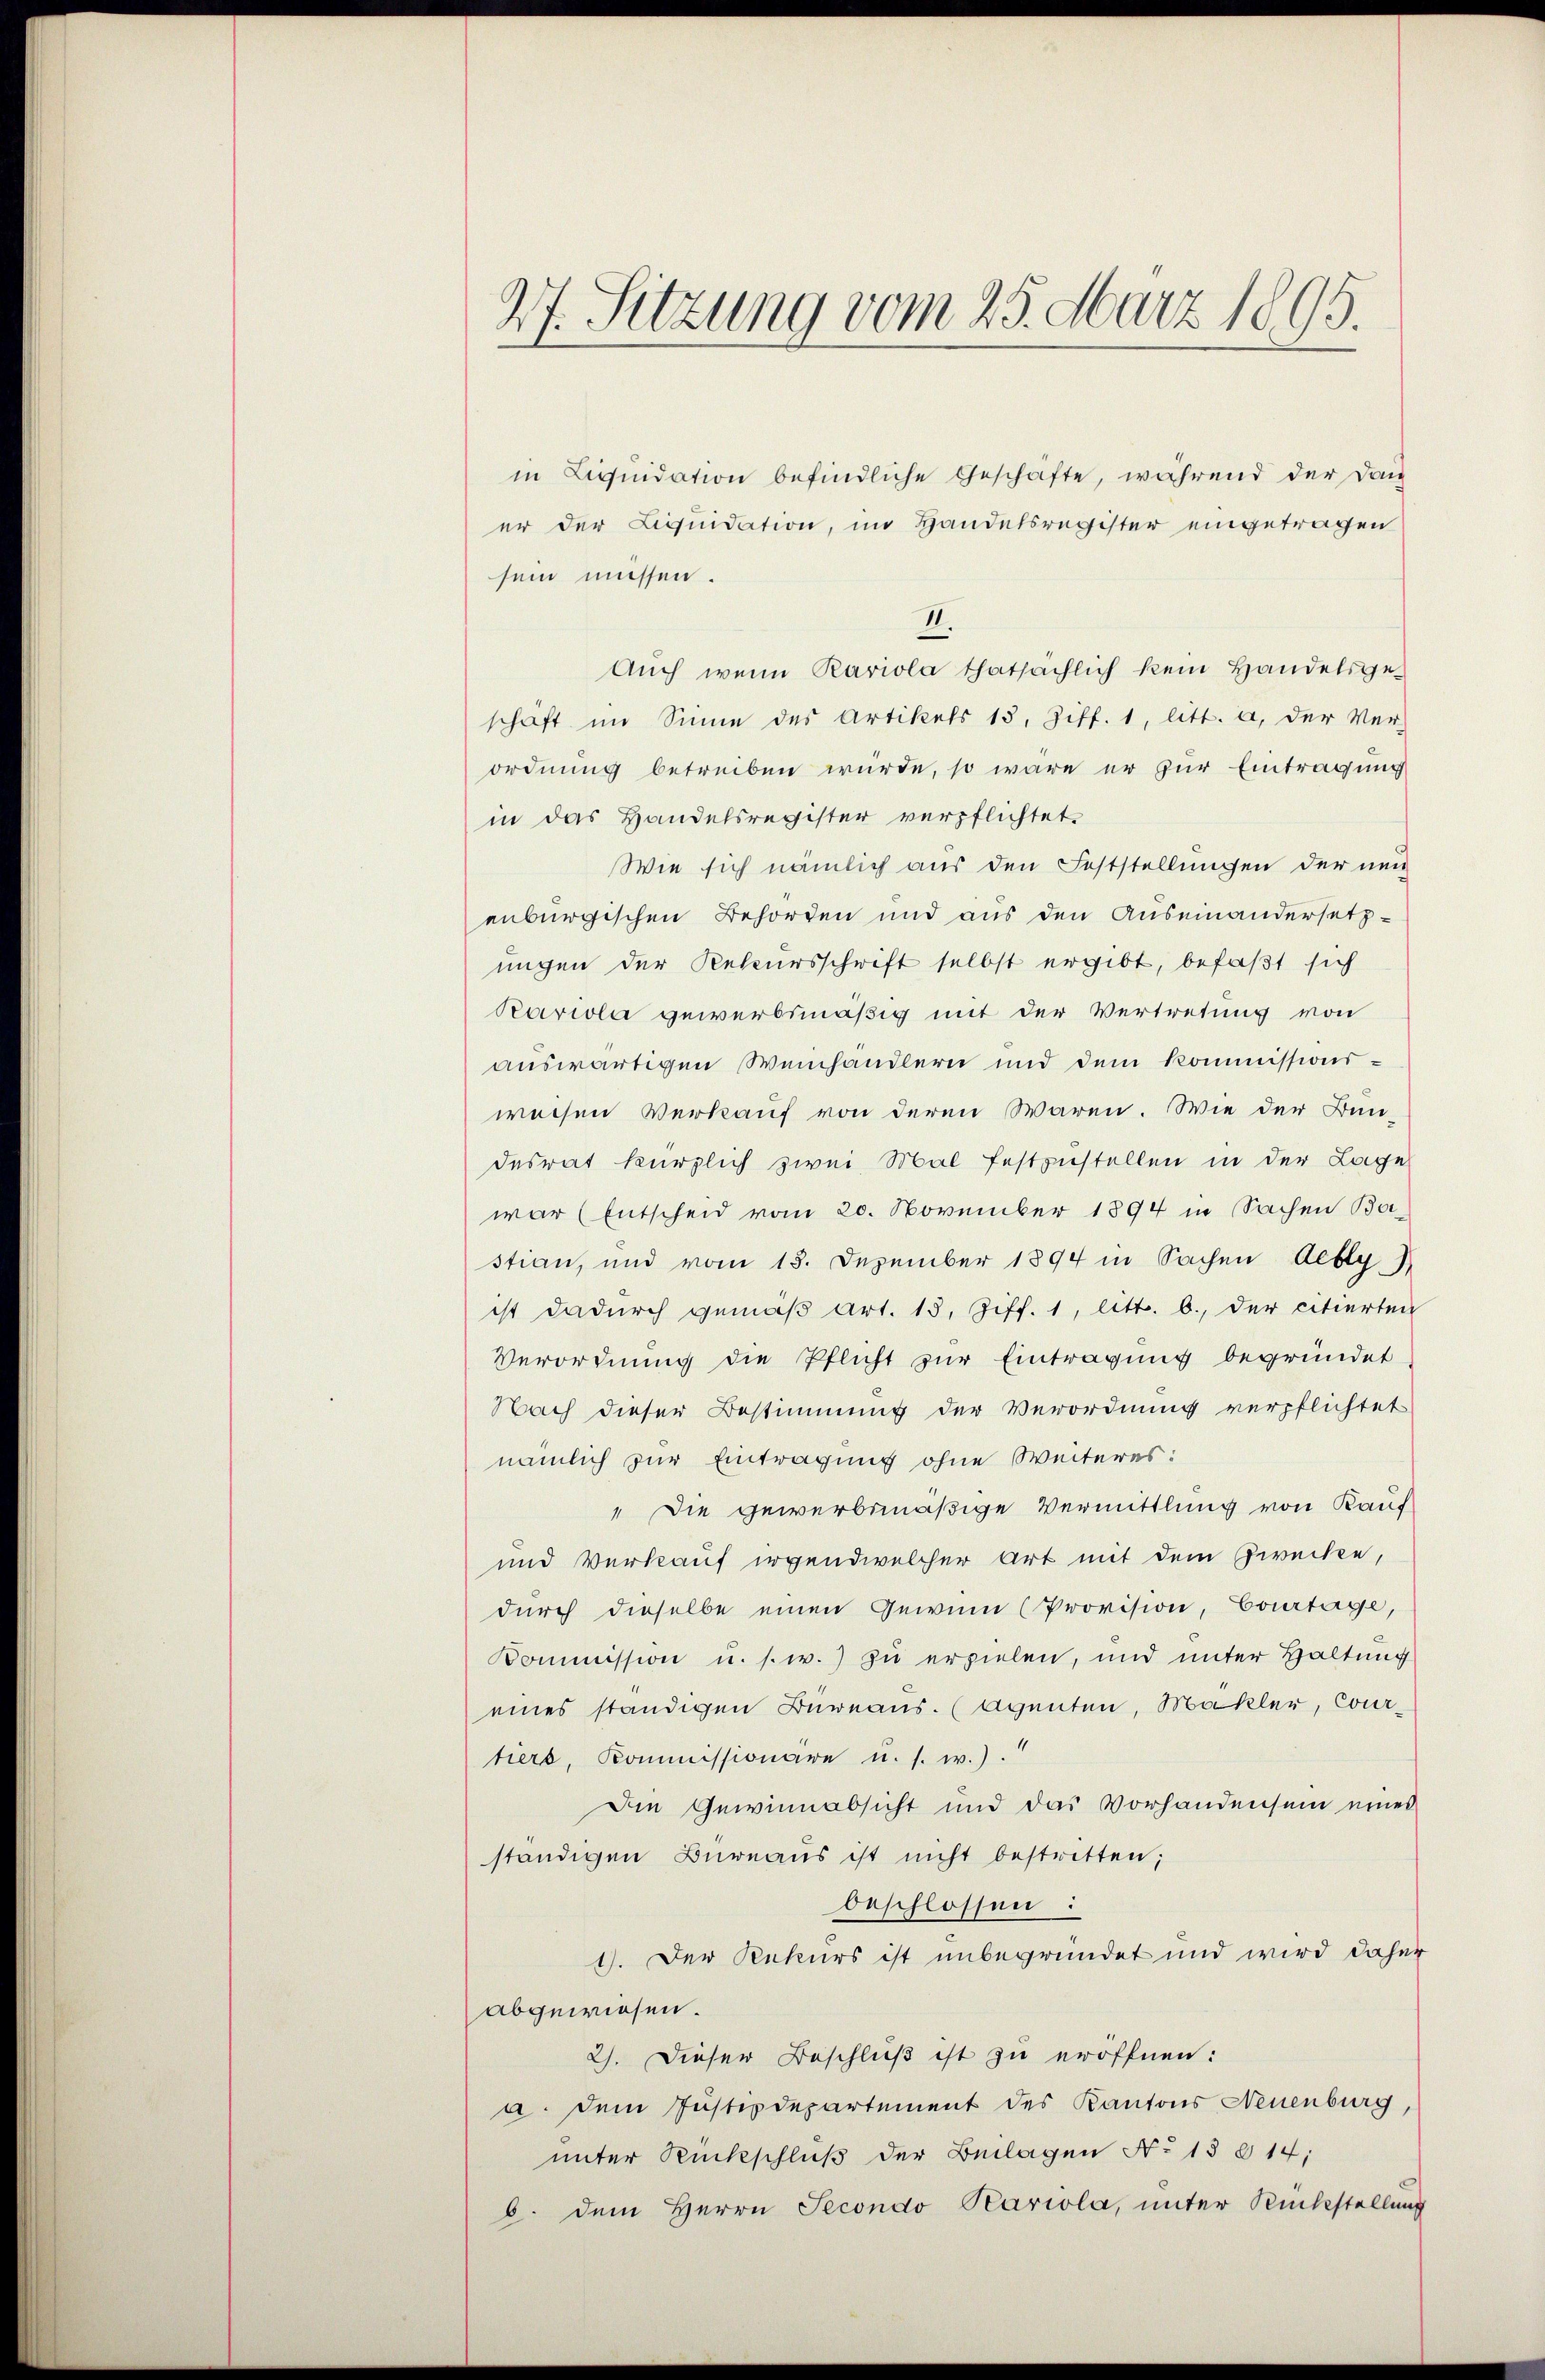
27. Sitzung vom 25. März 1895.

in Liquidation befindliche Geschäfte, während der Dan
er der Liquidation, im Handelsregister eingetragen
sein müssen.
II.
Auch wenn Kariola thatsächlich kein Handelsgeschäft im Sinne des Artikels 13. Ziff. 1, litt. a, der Ver-
ordnung betreiben würde, so wäre er zur Eintragung
in das Handelsregister verpflichtet.
Wie sich nämlich aus den Feststellungen der neu
enburgischen Behörden und aus den Auseinandersetz-
ungen der Rekursschrift selbst ergibt, befaßt sich
Paviola gewerbsmäßig mit der Vertretung von
auswärtigen Weinhändlern und dem Kommissionsweisen Verkauf von deren Waren. Wie der Bun-
desrat kürzlich zwei Mal festzustellen in der Lage
war (Entscheid vom 20. November 1894 in Sachen Bastian, und vom 13. Dezember 1894 in Sachen Aebly
ist dadurch gemäβ Art. 15, Ziff. 1, litt. b., der citierten
Verordnung die Pflicht zur Eintragung begründet
Nach dieser Bestimmung der Verordnung verpflichtet
nämlich zur Eintragung ohne Weiteres:
" Die gewerbsmäßige Vermittlung von Kauf
und Verkauf irgendwelcher Art mit dem Zwecke,
durch dieselbe einen Gewinn (Provision, Courtage,
Kommission u. s. w.) zu erzielen, und unter Haltung
eines ständigen Bureaus. (Agenten, Mäkler, Courtiers, Kommissionare u. s. w.).
Die Gewinnabsicht und das Vorhandensein eines
ständigen Büreaus ist nicht bestritten;
beschlossen:
1). Der Rekurs ist unbegründet und wird daher
abgewiesen.
2). Dieser Beschluß ist zu eröffnen:
a. dem Justizdepartement des Kantons Neuenburg,
unter Rückschluß der Beilagen No 15 x 14;
b. dem Herrn Secondo Kariola, unter Rückstellung